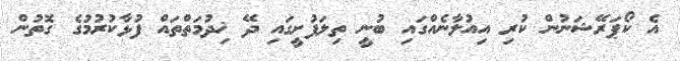
އެ ކޯޕަރޭޝަނުން ކުރި އިއުލާނެއްގައި ބުނީ ތިލަފުށީގައި ދޭ ޚިދުމަތްތައް ފުޅާކުރުމުގެ ގޮތުން